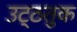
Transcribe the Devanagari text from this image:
उट्ठतुक